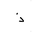
Letter: _thal